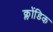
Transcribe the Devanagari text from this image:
क्लोंडिक